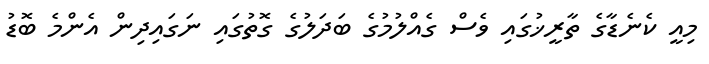
މިއީ ކެނެޑާގެ ތާރީޚުގައި ވެސް ގެއްލުމުގެ ބަދަލުގެ ގޮތުގައި ނަގައިދިން އެންމެ ބޮޑު